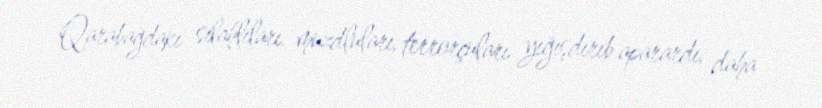
Qarabağdakı silahlıları, muzdluları, terrorçuları yığışdırıb aparardı, daha